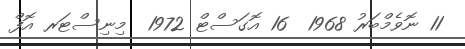
11 ނޮވެމްބަރު 1968  16 އޮގަސްޓް 1972  މިނިސްޓަރ އޮފް